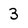
Character: 3